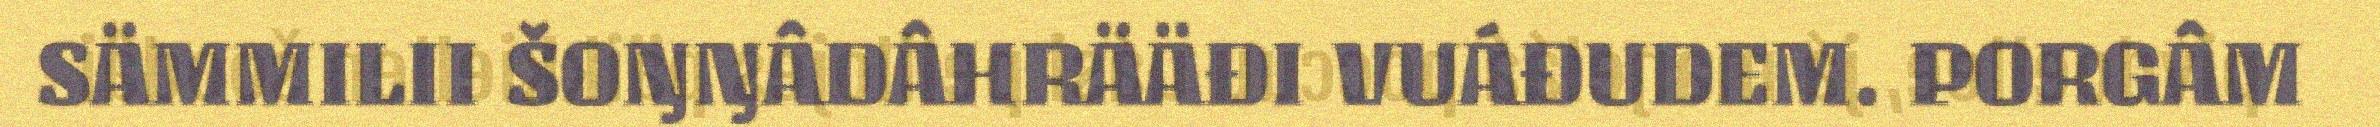
SÄMMILII ŠOŊŊÂDÂHRÄÄĐI VUÁĐUDEM. PORGÂM